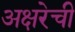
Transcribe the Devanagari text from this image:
अक्षरेची